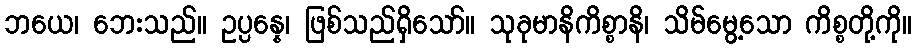
ဘယေ၊ ဘေးသည်။ ဥပ္ပန္နေ၊ ဖြစ်သည်ရှိသော်။ သုခုမာနိကိစ္စာနိ၊ သိမ်မွေ့သော ကိစ္စတို့ကို။